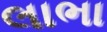
લાભા